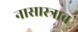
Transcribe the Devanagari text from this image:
नासास्त्राव